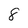
Character: 8